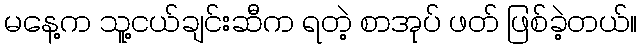
မနေ့က သူ့ငယ်ချင်းဆီက ရတဲ့ စာအုပ် ဖတ် ဖြစ်ခဲ့တယ်။